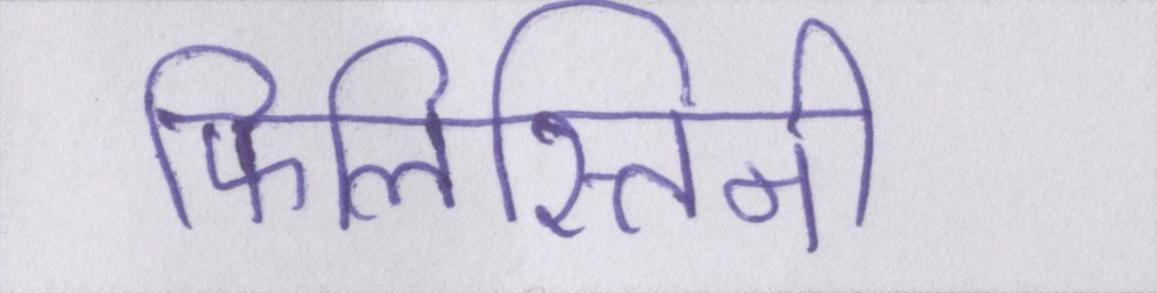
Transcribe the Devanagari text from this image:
फिलिस्तिनी